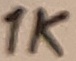
Text: 1K